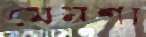
মেনশা